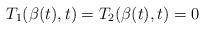
LaTeX: \begin{align*} T_1(\beta(t),t)=T_2(\beta(t),t)=0\end{align*}